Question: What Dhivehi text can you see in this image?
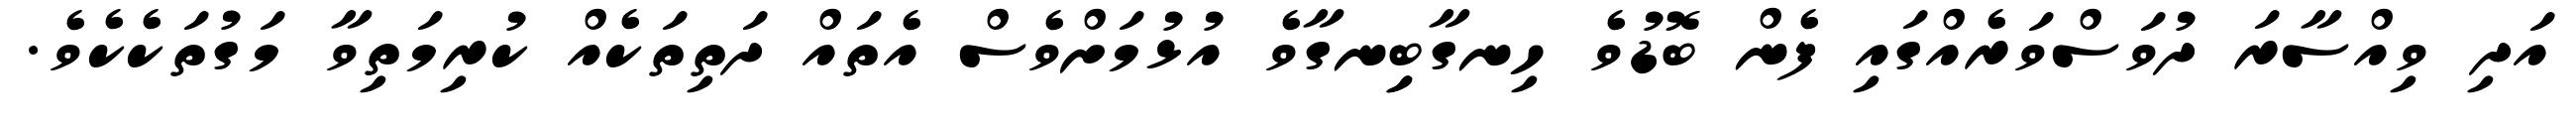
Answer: އަދި ވިއްސާރަ ދުވަސްވަރެއްގައި ފެން ބޮޑުވެ ހިނގާބިިނގާވެ އުޅުމަށްވެސް އެތައް ދަތިތަކެއް ކުރިމަތިވާ މަގުތަކެކެވެ.